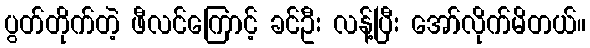
ပွတ်တိုက်တဲ့ ဖီလင်ကြောင့် ခင်ဦး လန့်ပြီး အော်လိုက်မိတယ်။